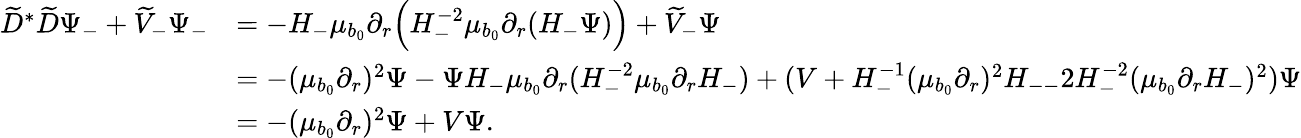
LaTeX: \begin{array}{rl}{\widetilde{D}^{*}\widetilde{D}\Psi_{-}+\widetilde{V}_{-}\Psi_{-}}&{=-H_{-}\mu_{b_{0}}\partial_{r}\Bigl(H_{-}^{-2}\mu_{b_{0}}\partial_{r}(H_{-}\Psi)\Bigr)+\widetilde{V}_{-}\Psi}\\ &{=-(\mu_{b_{0}}\partial_{r})^{2}\Psi-\Psi H_{-}\mu_{b_{0}}\partial_{r}(H_{-}^{-2}\mu_{b_{0}}\partial_{r}H_{-})+(V+H_{-}^{-1}(\mu_{b_{0}}\partial_{r})^{2}H_{--}2H_{-}^{-2}(\mu_{b_{0}}\partial_{r}H_{-})^{2})\Psi}\\ &{=-(\mu_{b_{0}}\partial_{r})^{2}\Psi+V\Psi.}\end{array}